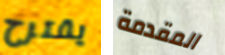
يقترح المقدمة